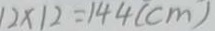
1 2 \times 1 2 = 1 4 4 ( c m )